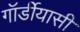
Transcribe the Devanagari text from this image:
गॉर्डीयासी